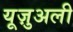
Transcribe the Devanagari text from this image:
यूज़ुअली